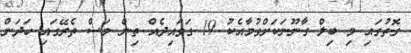
ގޮތުގައި މި ބިލް ގާނޫނަކަށްވުމާއެކު 19 ގަވައިދެއް ތިން މަސް ތެރޭގައި ހަދަން